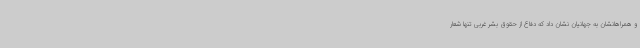
و همراهانشان به جهانیان نشان داد که دفاع از حقوق بشر غربی تنها شعار